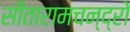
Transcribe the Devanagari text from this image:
सीतारामचन्द्रो